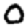
Digit: 0